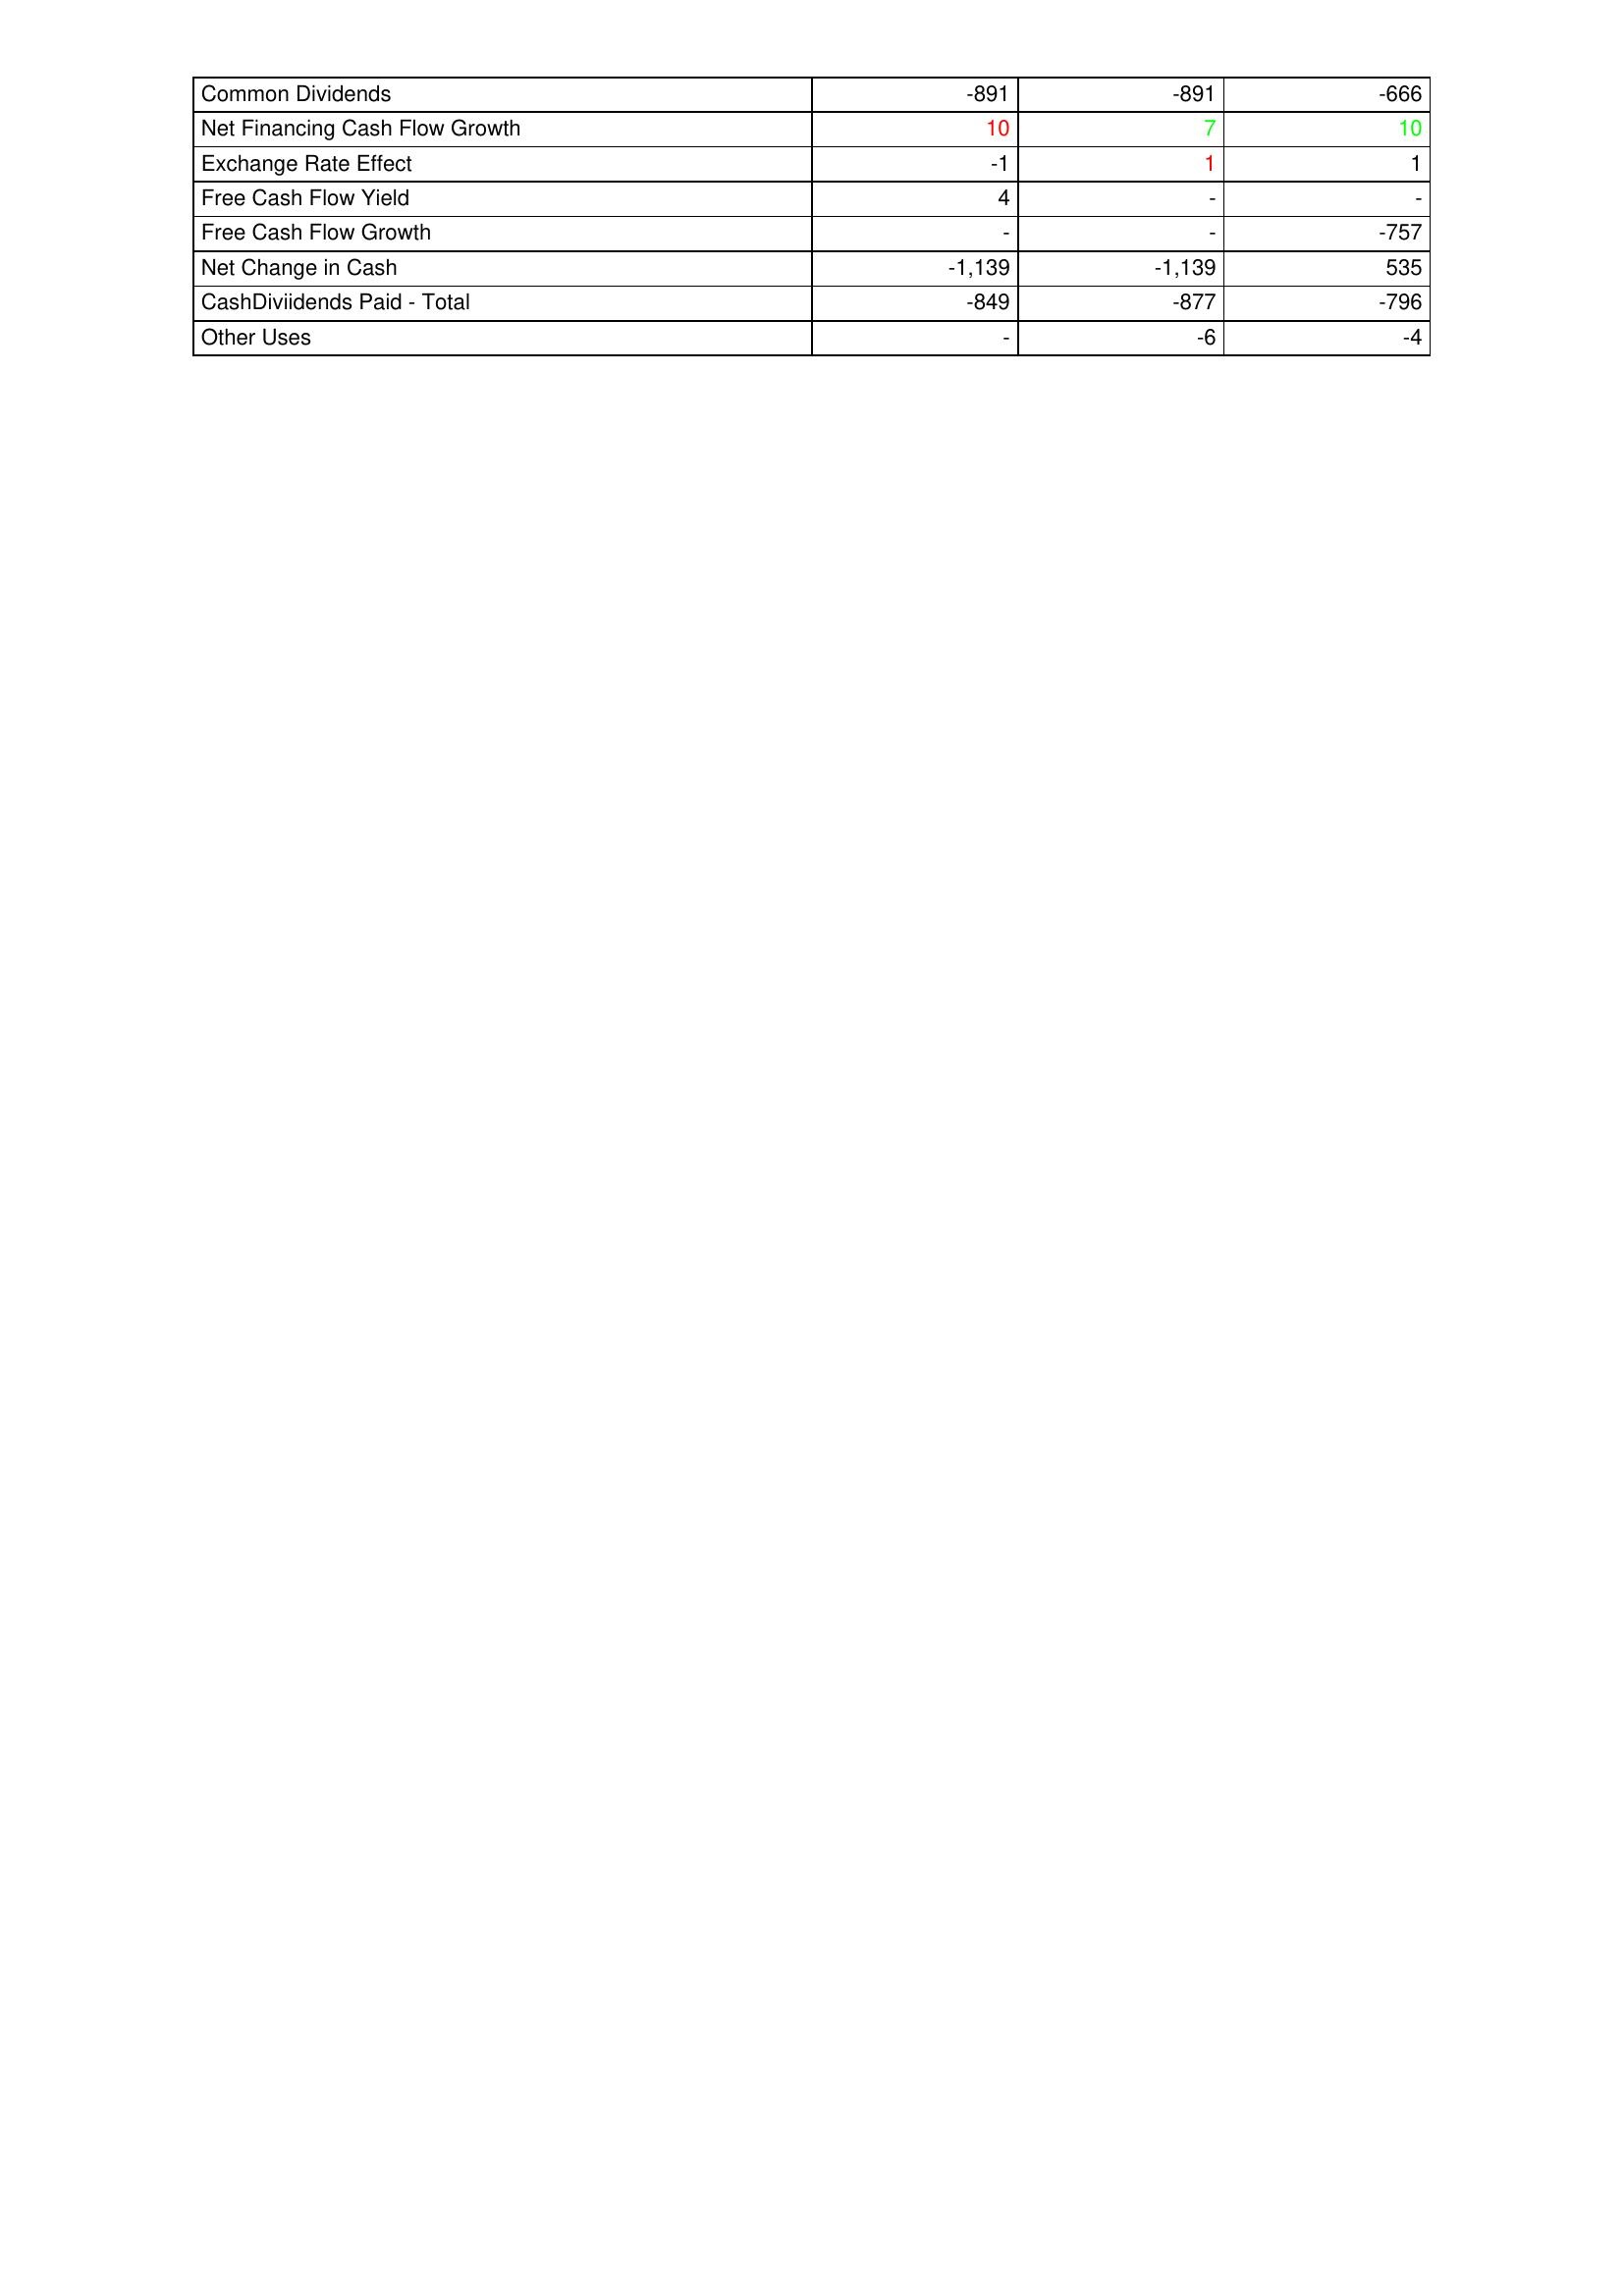
gt_parse: 2018: Financing Activities: Common Dividends: -891
Net Financing Cash Flow Growth: 10
Exchange Rate Effect: -1
Free Cash Flow Yield: 4
Free Cash Flow Growth: -
Net Change in Cash: -1,139
CashDiviidends Paid - Total: -849
Other Uses: -
2017: Financing Activities: Common Dividends: -891
Net Financing Cash Flow Growth: 7
Exchange Rate Effect: 1
Free Cash Flow Yield: -
Free Cash Flow Growth: -
Net Change in Cash: -1,139
CashDiviidends Paid - Total: -877
Other Uses: -6
2016: Financing Activities: Common Dividends: -666
Net Financing Cash Flow Growth: 10
Exchange Rate Effect: 1
Free Cash Flow Yield: -
Free Cash Flow Growth: -757
Net Change in Cash: 535
CashDiviidends Paid - Total: -796
Other Uses: -4